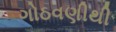
ગોઠવણીથી